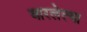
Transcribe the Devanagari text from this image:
वारलेल्या